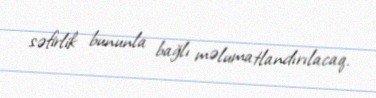
səfirlik bununla bağlı məlumatlandırılacaq.